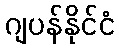
ဂျပန်နိုင်ငံ